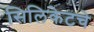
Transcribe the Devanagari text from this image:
सिलिकेटचे